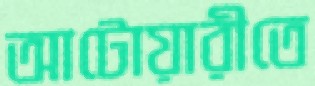
আটোয়ারীতে